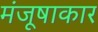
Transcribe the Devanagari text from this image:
मंजूषाकार